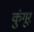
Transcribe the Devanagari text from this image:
कुंगूर